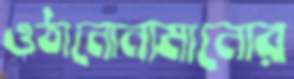
ওঠানোনামানোর